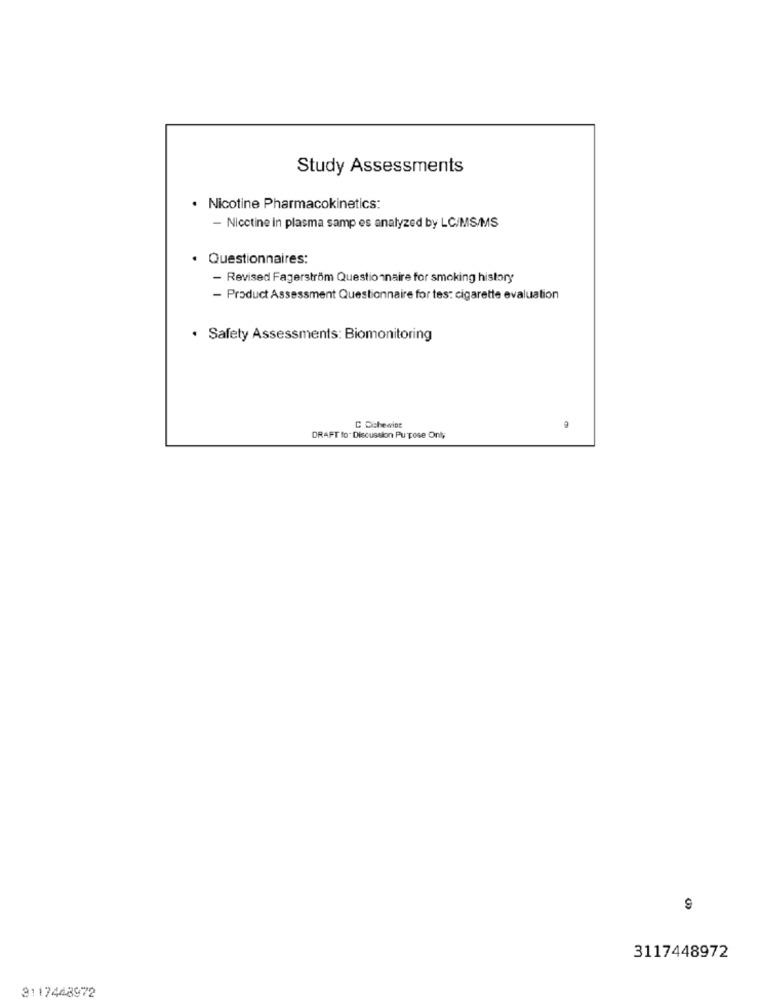
Study Assessments
. Nicotine Pharmacokinetics:
- Nicotine in plasma samp es analyzed by LC/MS/MS
· Questionnaires:
- Revised Fagerström Questionnaire for smoking history
- Product Assessment Questionnaire for tes: cigarette evaluation
. Safety Assessments: Biomonitoring
C Cichewist
9
DRAFT to. Discussion Purpose Only
3117448972
3117448972